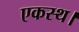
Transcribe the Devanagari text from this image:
एकस्थ।